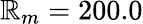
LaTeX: \mathbb{R}_{m}=200.0